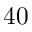
4 0